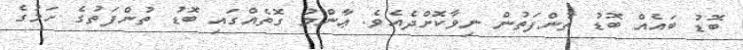
ބޮޑު ބައެއް ބޮޑު ތުންފަތުން ނިވާކޮށްދެއެވެ. ޢާންމު ގޮތެއްގައި ބޮޑު ތުންފަތުގެ ހަމުގެ